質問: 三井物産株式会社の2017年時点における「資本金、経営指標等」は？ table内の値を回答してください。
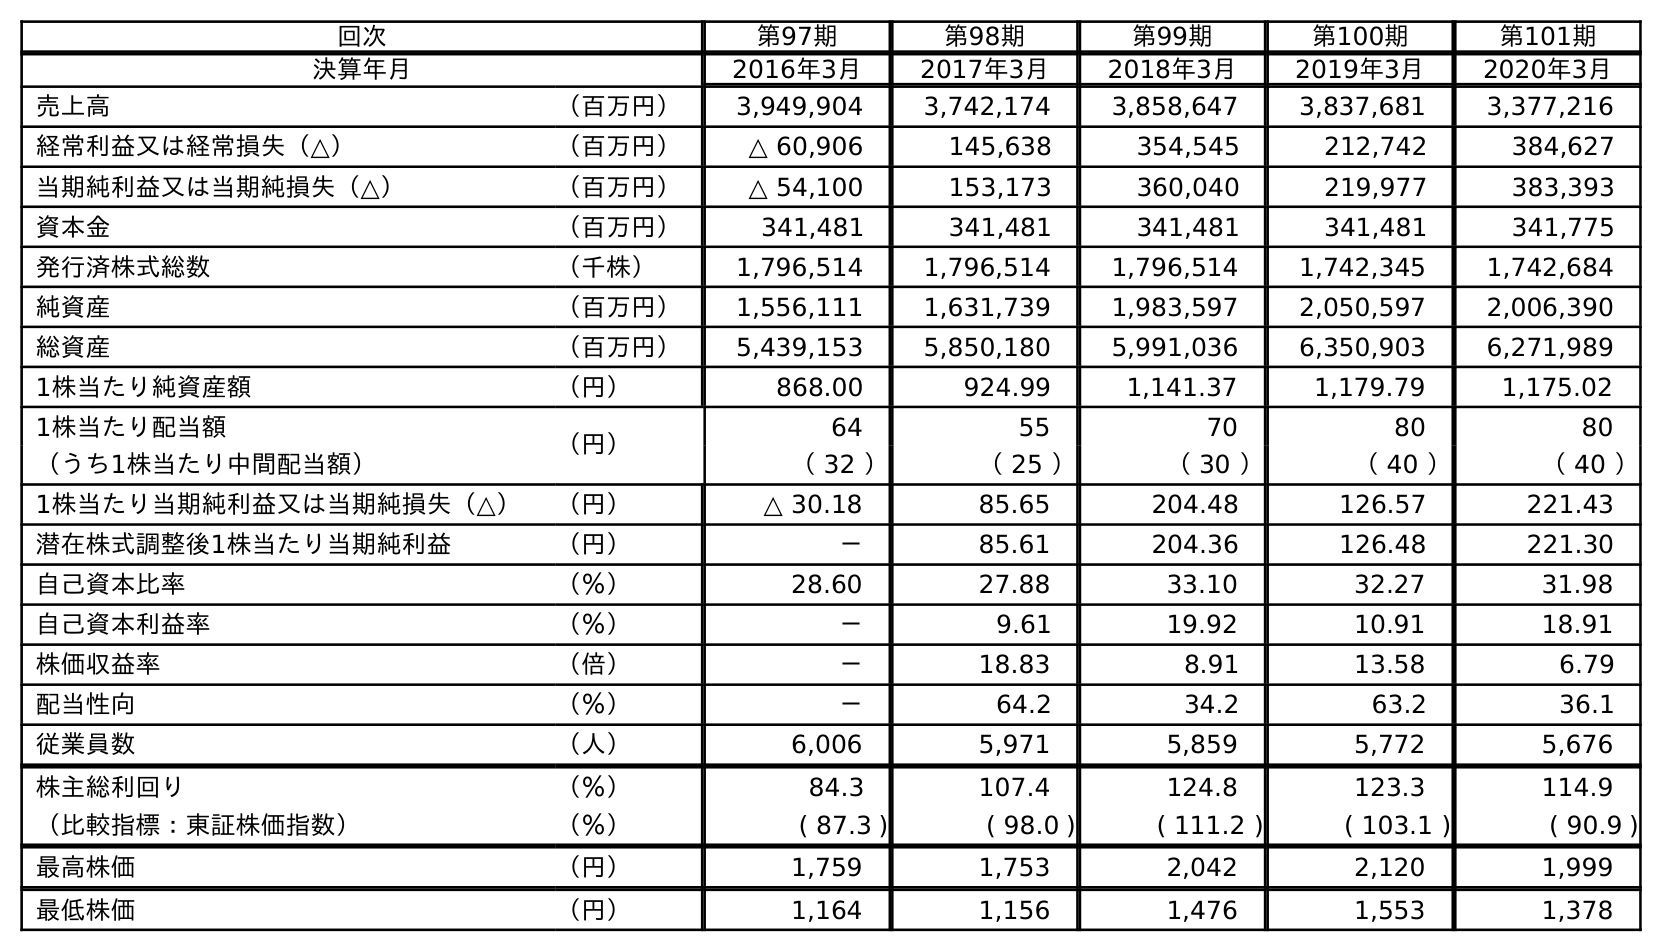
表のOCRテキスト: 回次 第97期 第98期 第99期 第100期 第101期 決算年月 2016年3月 2017年3月 2018年3月 2019年3月 2020年3月 売上高 （百万円） 3,949,904 3,742,174 3,858,647 3,837,681 3,377,216 経常利益又は経常損失（△） （百万円） △ 60,906 145,638 354,545 212,742 384,627 当期純利益又は当期純損失（△） （百万円） △ 54,100 153,173 360,040 219,977 383,393 資本金 （百万円） 341,481 341,481 341,481 341,481 341,775 発行済株式総数 （千株） 1,796,514 1,796,514 1,796,514 1,742,345 1,742,684 純資産 （百万円） 1,556,111 1,631,739 1,983,597 2,050,597 2,006,390 総資産 （百万円） 5,439,153 5,850,180 5,991,036 6,350,903 6,271,989 1株当たり純資産額 （円） 868.00 924.99 1,141.37 1,179.79 1,175.02 1株当たり配当額 （円） 64 55 70 80 80 （うち1株当たり中間配当額） （ 32 ） （ 25 ） （ 30 ） （ 40 ） （ 40 ） 1株当たり当期純利益又は当期純損失（△） （円） △ 30.18 85.65 204.48 126.57 221.43 潜在株式調整後1株当たり当期純利益 （円） － 85.61 204.36 126.48 221.30 自己資本比率 （％） 28.60 27.88 33.10 32.27 31.98 自己資本利益率 （％） － 9.61 19.92 10.91 18.91 株価収益率 （倍） － 18.83 8.91 13.58 6.79 配当性向 （％） － 64.2 34.2 63.2 36.1 従業員数 （人） 6,006 5,971 5,859 5,772 5,676 株主総利回り （％） 84.3 107.4 124.8 123.3 114.9 （比較指標：東証株価指数） （％） ( 87.3 ) ( 98.0 ) ( 111.2 ) ( 103.1 ) ( 90.9 ) 最高株価 （円） 1,759 1,753 2,042 2,120 1,999 最低株価 （円） 1,164 1,156 1,476 1,553 1,378
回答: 341,481